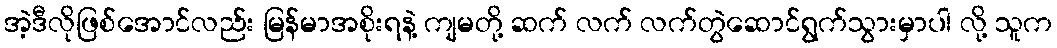
အဲ့ဒီလိုဖြစ်အောင်လည်း မြန်မာအစိုးရနဲ့ ကျမတို့ ဆက် လက် လက်တွဲဆောင်ရွက်သွားမှာပါ လို့ သူက